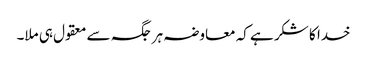
خدا کا شکر ہے کہ معاوضہ ہر جگہ سے معقول ہی ملا۔